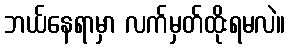
ဘယ်နေရာမှာ လက်မှတ်ထိုးရမလဲ။